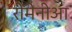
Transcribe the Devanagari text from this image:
रोमेनीआ